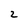
Character: 2